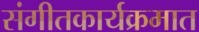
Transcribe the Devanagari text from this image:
संगीतकार्यक्रमात